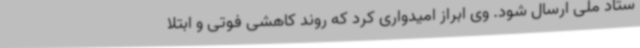
ستاد ملی ارسال شود. وی ابراز امیدواری کرد که روند کاهشی فوتی و ابتلا